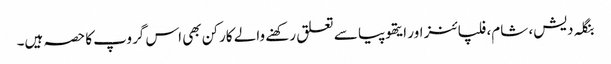
بنگلہ دیش، شام، فلپائنز اور ایتھوپیا سے تعلق رکھنے والے کارکن بھی اس گروپ کا حصہ ہیں۔